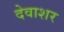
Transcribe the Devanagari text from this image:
देवाशर